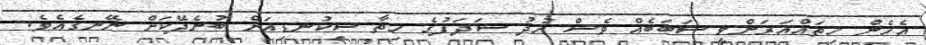
އެހެން ހިތައްއަރަންވީ ސަބަބެއް ވެސް ޚުދު ޝަދަފުގެ ހިތާ ސިކުނޑިއަށް ބުނެދޭކަށް ނޭނގެއެވެ.